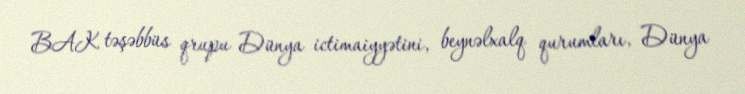
BAK təşəbbüs qrupu Dünya ictimaiyyətini, beynəlxalq qurumları, Dünya